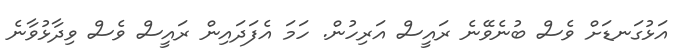
އަޅުގަނޑަށް ވެސް ބުނެވޭނެ ރައީސް އަރިހުން. ހަމަ އެފަދައިން ރައީސް ވެސް ވިދާޅުވާނެ